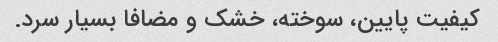
کیفیت پایین، سوخته، خشک و مضافا بسیار سرد.